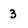
Character: 3